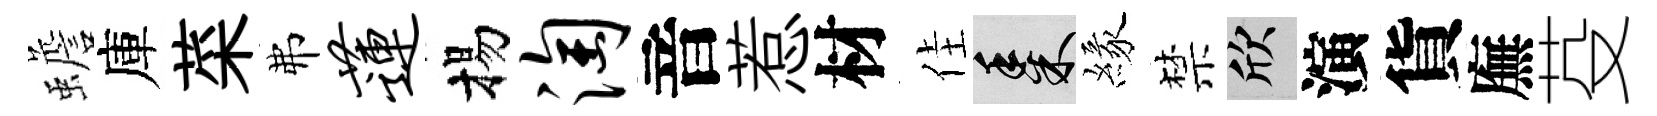
蟾庫菜弗莲揚淘音惹材佳黍緣禁欣演貨廡芟